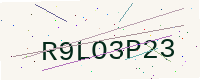
Text: R9LO3P23